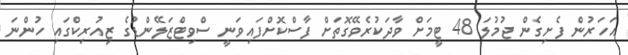
އަހަރުން ފެށިގެން ޖުމުލަ 48 ޓީމަށް ވާދަކުރެވޭގޮތަށް ފާސްކޮށްފައިވަނީ ސްވިޓްޒަލޭންޑުގެ ޒިއުރިކްގައި ހުންނަ